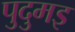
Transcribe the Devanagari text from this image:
पुदुमइ